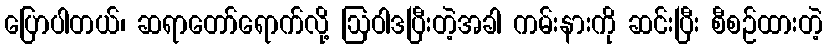
ပြောပါတယ်၊ ဆရာတော်ရောက်လို့ ဩဝါဒပြီးတဲ့အခါ ကမ်းနားကို ဆင်းပြီး စီစဉ်ထားတဲ့